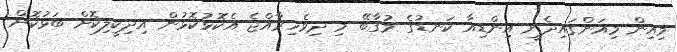
މިއިން މިއަންގައިދެނީ އިންޑިއާ ކަނޑުގެ މުގާބޭ މި ދިވެހިރާއްޖެ އެކޮޅުކޮޅުން އިދިކީލިކޮށް ބަޅުކޮށް